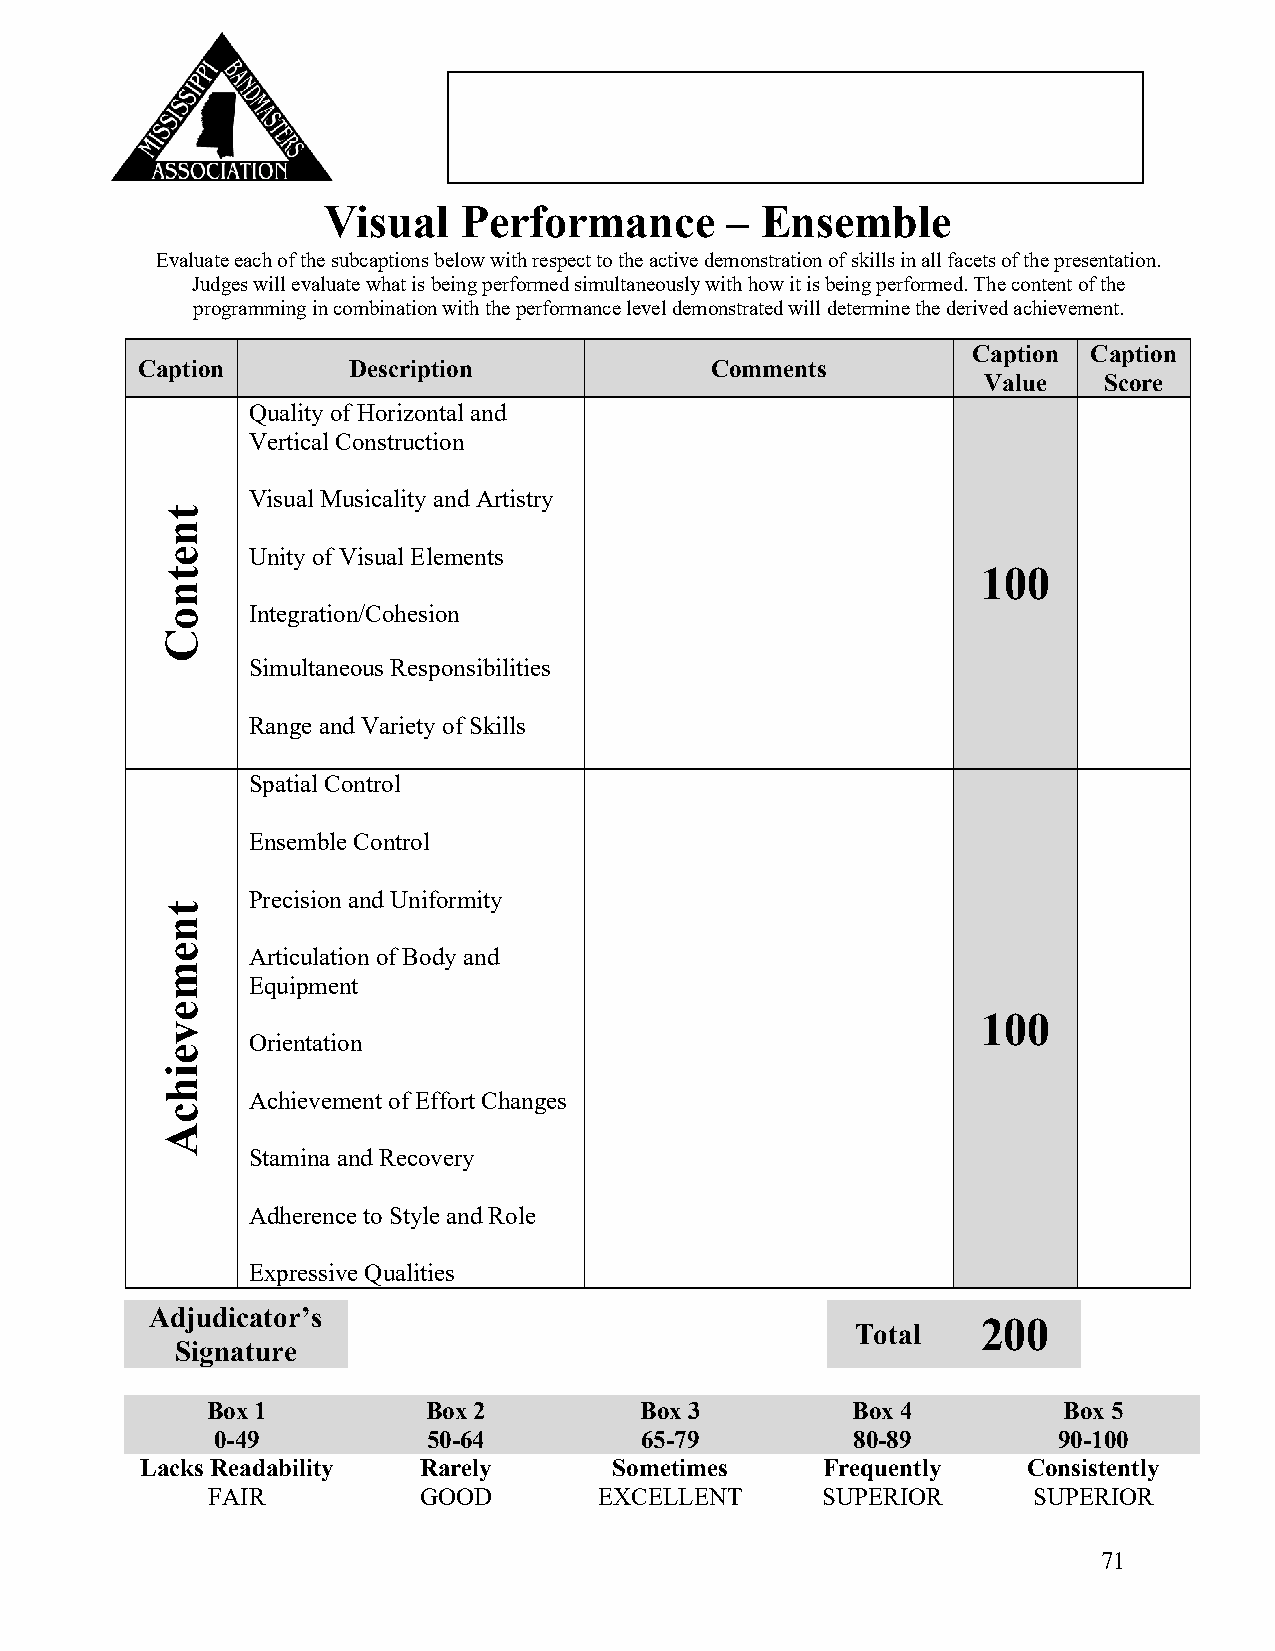
Visual   Performance       – Ensemble
 Evaluate each of the subcaptions below with respect to the active demonstration of skills in all facets of the presentation.
 Judges will evaluate what is being performed simultaneously with how it is being performed. The content of the
 programming in combination with the performance level demonstrated will determine the derived achievement.
 Caption Caption
 Caption       Description             Comments
 Value   Score
 Quality of Horizontal and
 Vertical Construction
 Visual Musicality and Artistry
 Unity of Visual Elements
 100
 Integration/Cohesion
 Simultaneous Responsibilities
 Range and Variety of Skills
 Spatial Control
 Ensemble Control
 Precision and Uniformity
 Articulation of Body and
 Equipment
 100
 Orientation
 Achievement of Effort Changes
 Stamina and Recovery
 Adherence to Style and Role
 Expressive Qualities
 Adjudicator’s
 200
 Total
 Signature
 Box 1         Box 2         Box 3         Box 4         Box 5
 0-49          50-64         65-79         80-89         90-100
 Lacks Readability  Rarely       Sometimes    Frequently    Consistently
 FAIR          GOOD        EXCELLENT     SUPERIOR      SUPERIOR
 71
 tnetnoC
 tnemeveihcA